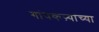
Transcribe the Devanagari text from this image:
गांवकऱ्यांच्या